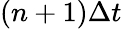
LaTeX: (n+1)\Delta t